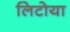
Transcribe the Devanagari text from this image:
लिटोया